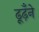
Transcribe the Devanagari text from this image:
ढूढ़ँने